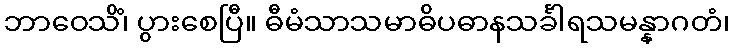
ဘာဝေသိံ၊ ပွားစေပြီ။ ဓီမံသာသမာဓိပဓာနသင်္ခါရသမန္နာဂတံ၊